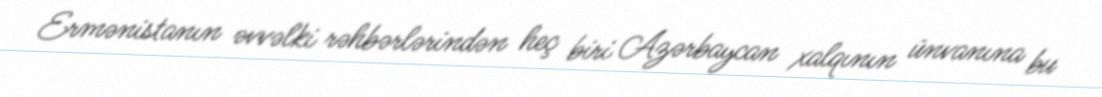
Ermənistanın əvvəlki rəhbərlərindən heç biri Azərbaycan xalqının ünvanına bu